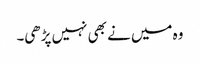
وہ میں نے بھی نہیں پڑھی۔